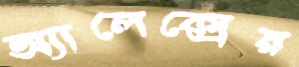
অ্যালেক্সের